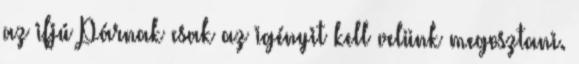
az ifjú Párnak csak az igényit kell velünk megosztani.